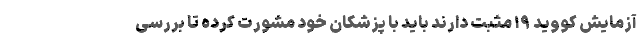
آزمایش کووید ۱۹ مثبت دارند باید با پزشکان خود مشورت کرده تا بررسی